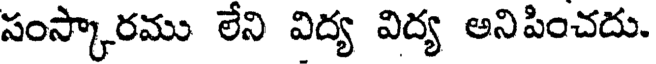
సంస్కారము లేని విద్య విద్య అనిపించదు.